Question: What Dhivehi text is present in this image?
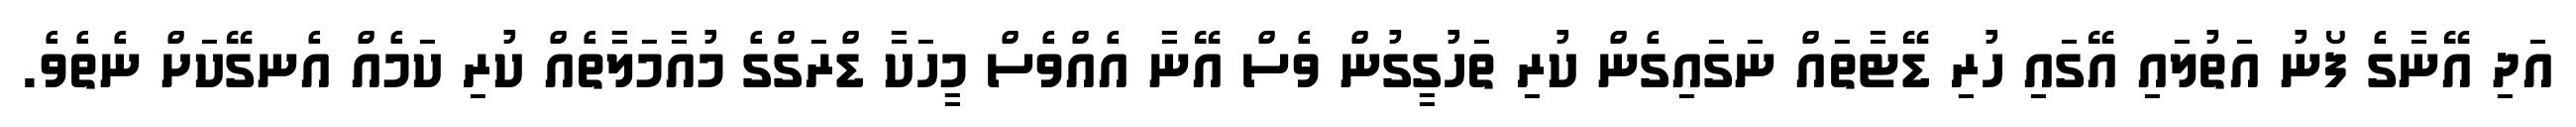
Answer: އަދި އޭނާގެ ފޯނު އަތުލައި އޭގައި ހުރި ޑޭޓާތައް ނަގައިގެން ކުރި ތަހުގީގުން ވެސް އޭނާ އެއްވެސް މީހަކާ ޑްރަގްގެ މުއާމަލާތެއް ކުރި ކަމެއް އެނގޭކަށް ނެތެވެ.